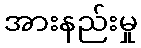
အားနည်းမှု